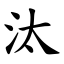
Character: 汰